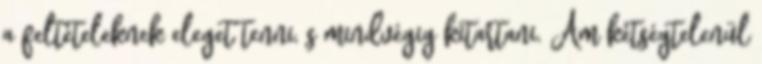
a feltételeknek eleget tenni, s mindvégig kitartani. Ám kétségtelenül